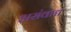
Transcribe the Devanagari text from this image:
असंवाद्य